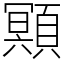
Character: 䫤